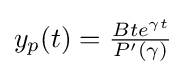
y_{p}(t)={\tfrac {Bte^{\gamma t}}{P'(\gamma )}}